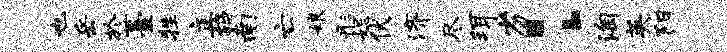
也岳於薹牲立鸪南亡娘彤妃伏济尽珥劣：淘英阳